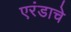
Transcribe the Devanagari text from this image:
एरंडाचे